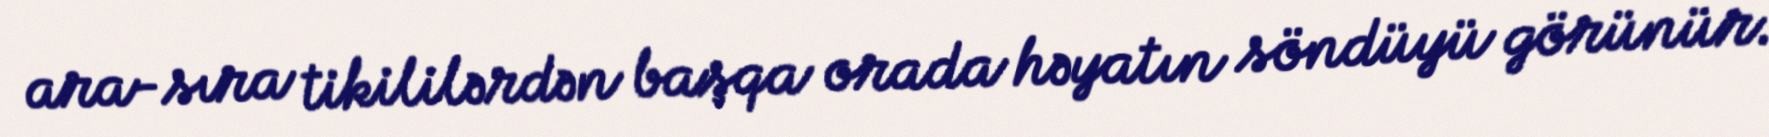
ara-sıra tikililərdən başqa orada həyatın söndüyü görünür.